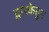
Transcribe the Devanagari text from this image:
द्वारकेतुन